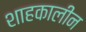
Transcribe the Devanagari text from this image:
शाहकालीन